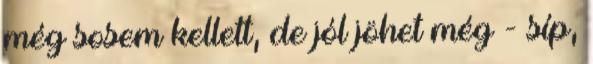
még sosem kellett, de jól jöhet még - síp,